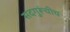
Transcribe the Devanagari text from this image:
सदगुरूंचीच